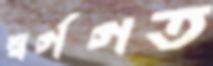
স্বর্গগত